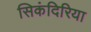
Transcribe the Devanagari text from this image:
सिकंदिरिया